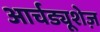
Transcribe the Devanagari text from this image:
आर्चड्यूशेज़